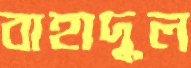
বাহাদুল